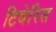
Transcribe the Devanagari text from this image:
टिबेरिस